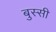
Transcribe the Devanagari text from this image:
बुस्सी